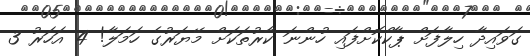
ގަވައިދާ ހިލާފަށް ޕާކްކޮށްފައި ހުންނަ ކާރުތަކަށް މޭޔަރުގެ ހަމަލާ! 4 އަހަރު 3